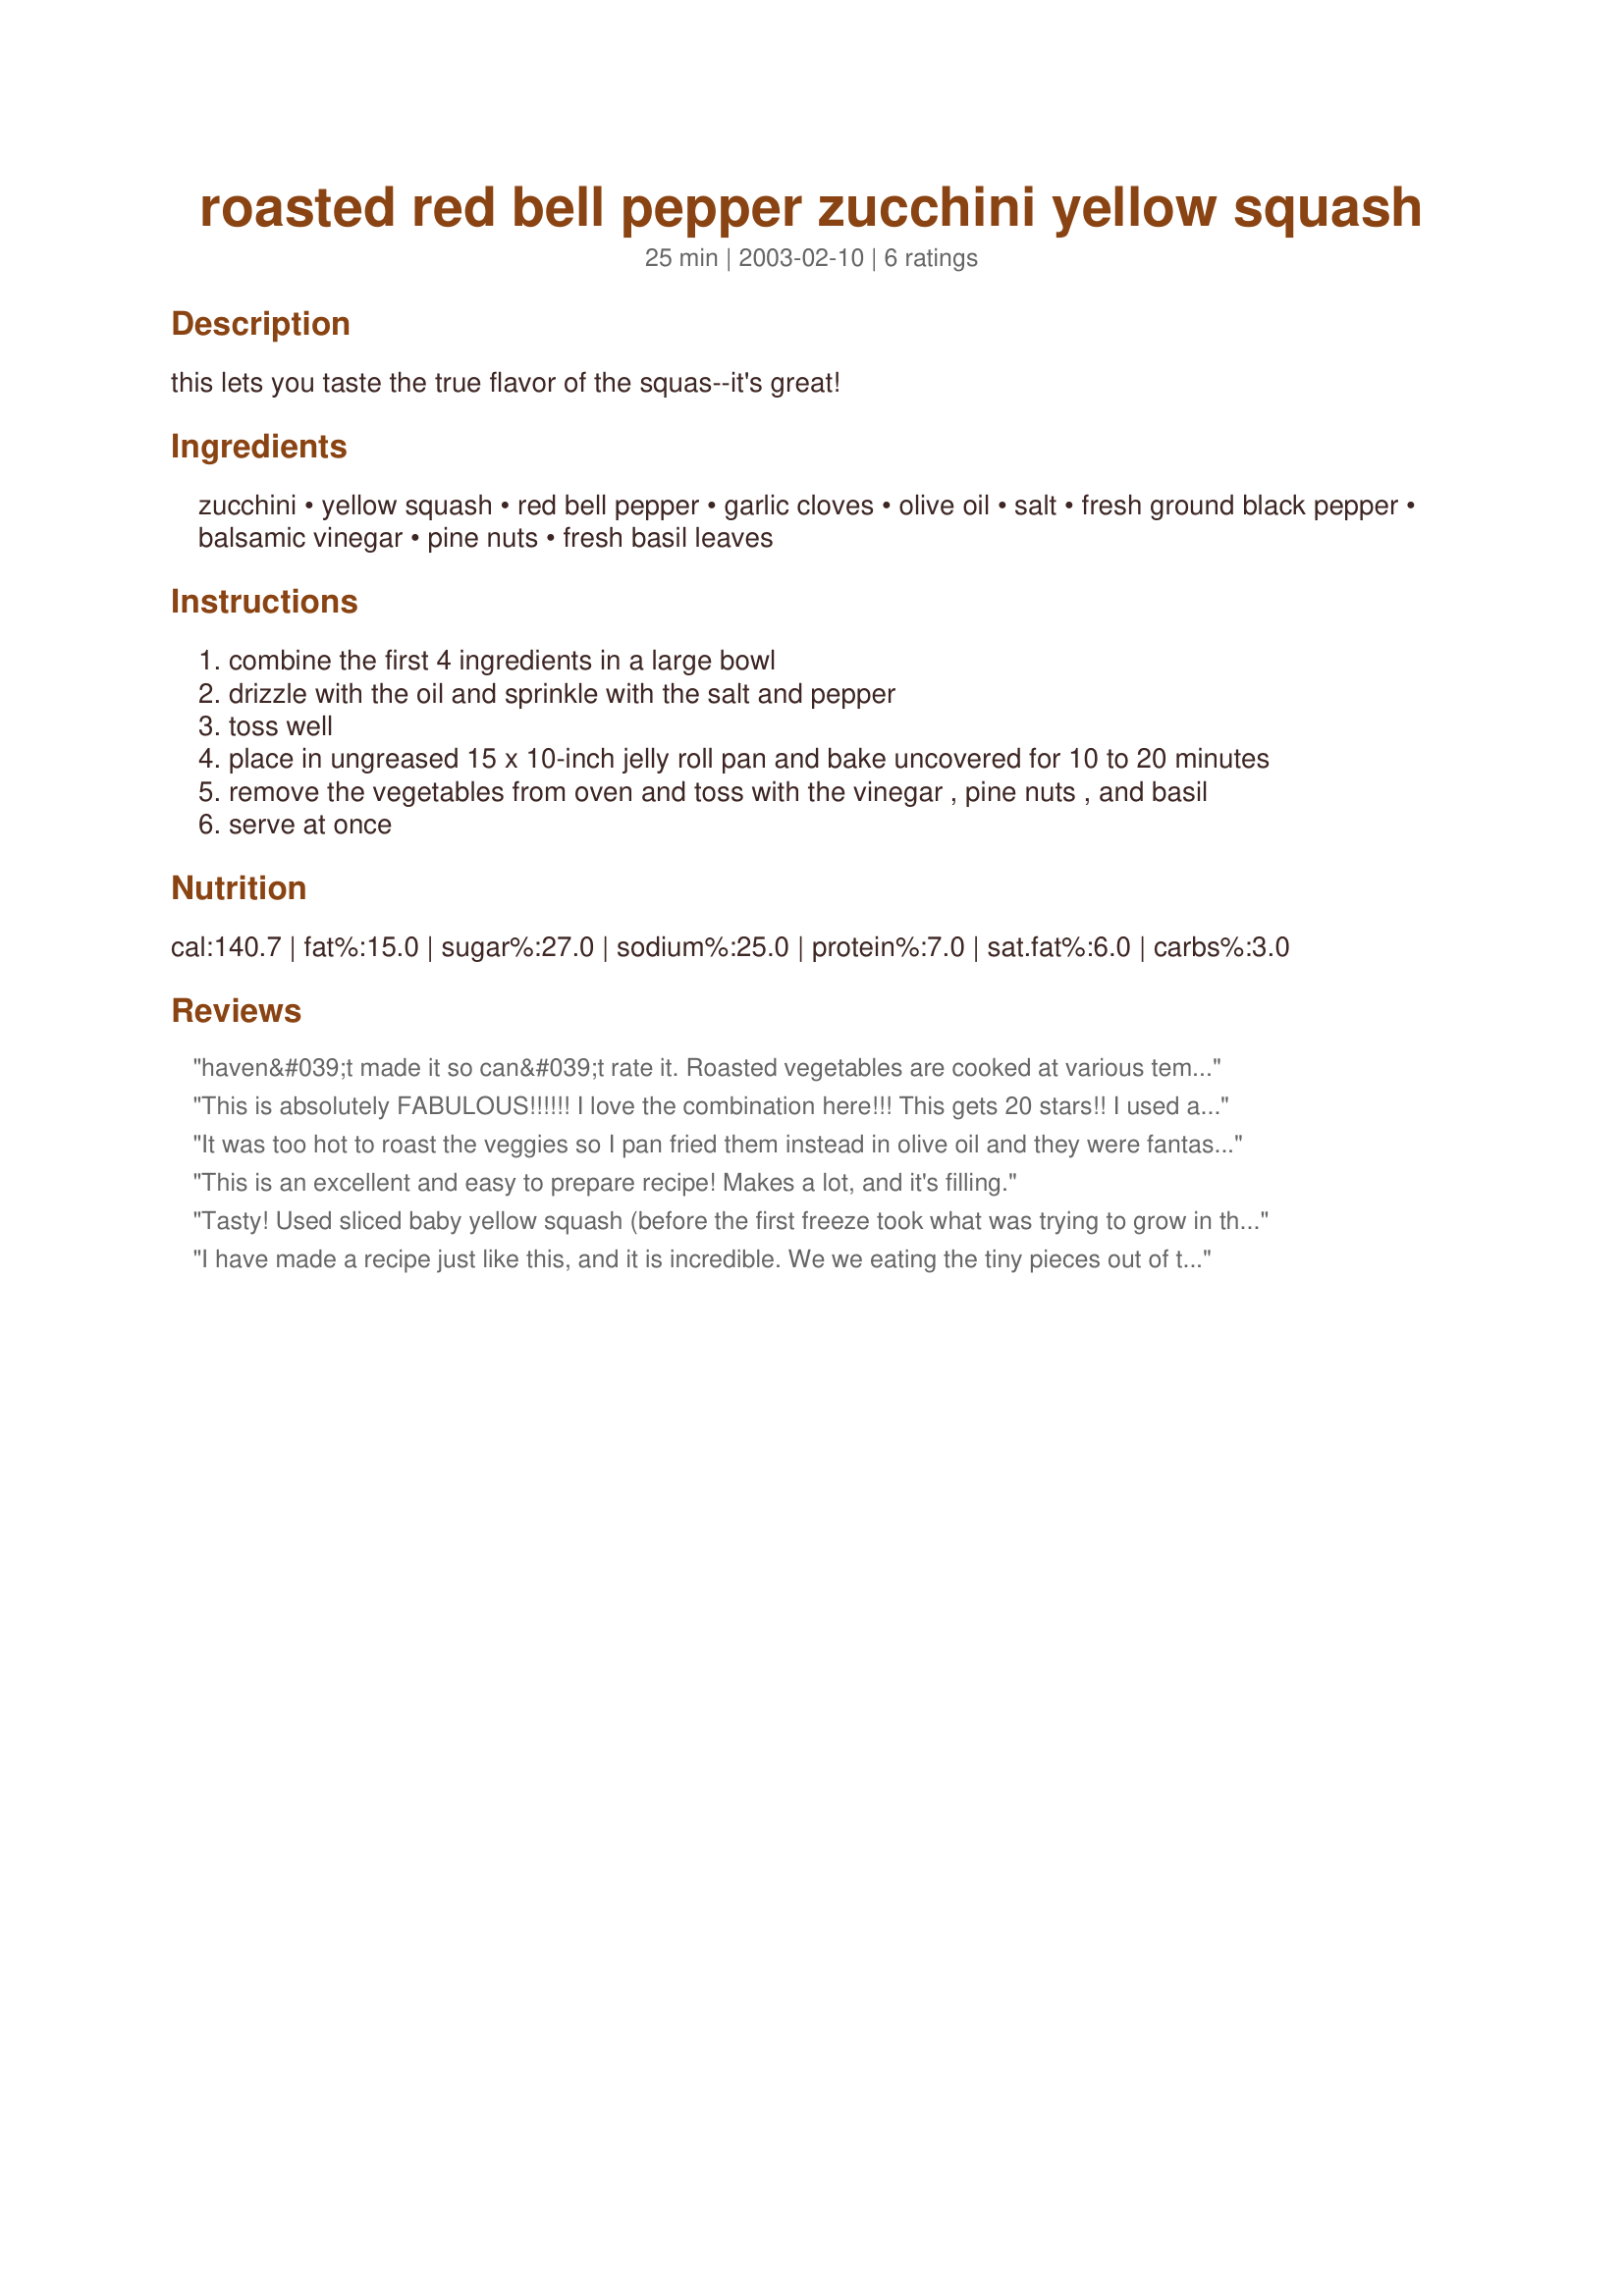
roasted red bell pepper zucchini yellow squash
Preparation time: 25 minutes

this lets you taste the true flavor of the squas--it's great!

Ingredients:
zucchini, yellow squash, red bell pepper, garlic cloves, olive oil, salt, fresh ground black pepper, balsamic vinegar, pine nuts, fresh basil leaves

Steps:
combine the first 4 ingredients in a large bowl
drizzle with the oil and sprinkle with the salt and pepper
toss well
place in ungreased 15 x 10-inch jelly roll pan and bake uncovered for 10 to 20 minutes
remove the vegetables from oven and toss with the vinegar , pine nuts , and basil
serve at once

Reviews:
haven&#039;t made it so can&#039;t rate it. Roasted vegetables are cooked at various temps...what is oven temp here?
This is absolutely FABULOUS!!!!!! I love the combination here!!! This gets 20 stars!! I used a really good balsamic and olive oil and those paired with the fresh basil, pine nuts, and sweetness of the red bell pepper just really flavored the squash incredibly!!!!
My store didn't have zucchini today so I had to use all yellow squash so I will definitely make this again with the zucchini!! I am so glad to have this recipe, thanks so much for posting!!!!!!!!!!!!
It was too hot to roast the veggies so I pan fried them instead in olive oil and they were fantastic. Nice combination and so simple.
This is an excellent and easy to prepare recipe! Makes a lot, and it's filling.
Tasty! Used sliced baby yellow squash (before the first freeze took what was trying to grow in the backyard), no zucchini, & added some sliced fresh carrots from the farm. All organic and yummy. Only had dried basil, bummer.
I have made a recipe just like this, and it is incredible. We we eating the tiny pieces out of the pan at the end of the meal!
